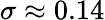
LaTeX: \sigma\approx 0.14